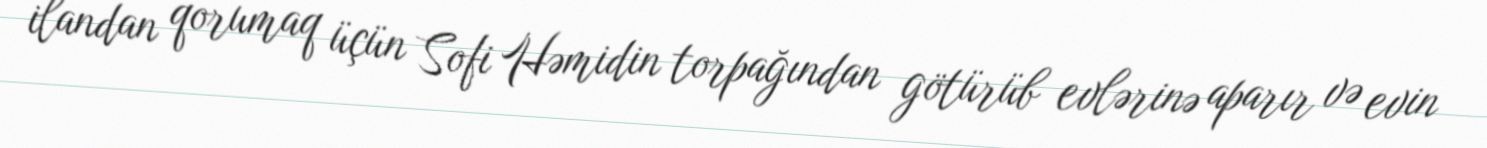
ilandan qorumaq üçün Sofi Həmidin torpağından götürüb evlərinə aparır və evin